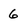
Character: 6